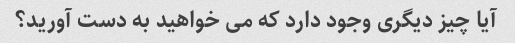
آیا چیز دیگری وجود دارد که می خواهید به دست آورید؟